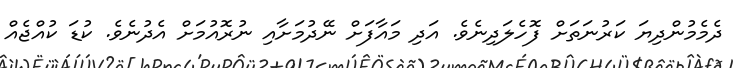
ދެމެމުންދިޔަ ކަރުނަތަށް ފޮހެލަދިނެވެ. އަދި މައާފަށް ނޭދުމަށާއި ނުރޮއުމަށް އެދުނެވެ. ކުޑަ ކުއްޖެއް